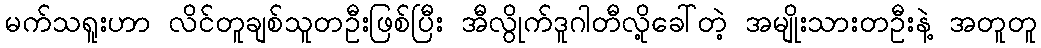
မက်သရူးဟာ လိင်တူချစ်သူတဦးဖြစ်ပြီး အီလွိုက်ဒူဂါတီလို့ခေါ်တဲ့ အမျိုးသားတဦးနဲ့ အတူတူ